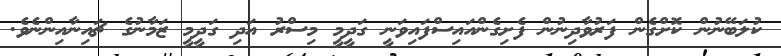
ކުލަބޭނުން ކޮށްގެން ފަރުވާދިނުން ފެށިގެންއައިސްފައިވަނީ ގަދީމީ މިސްރު އަދި ގަދީމީ ޒަމާނުގެ ޗައިނާއިންނެވެ.